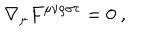
LaTeX: \nabla _ { \mu } F ^ { \mu \nu \rho \sigma \tau } = 0 ~ ,